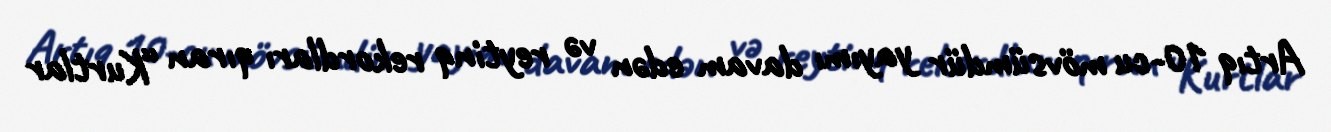
Artıq 10-cu mövsümdür yayımı davam edən və reytinq rekordları qıran “Kurtlar